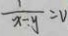
\frac { 1 } { x - y } = V